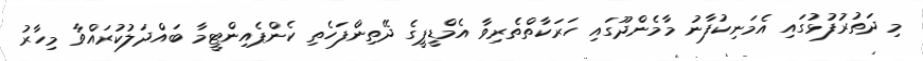
މި ދަތުރުފުޅުގައި އެމަނިކުފާނު މާމެންދޫގައި ހަރަކާތްތެރިވާ އެމްޑީޕީގެ ދޭތިންފަހެތި ކެންޕެއިންޓީމާ ބައްދަލުކުރައްވާ މިހާރު